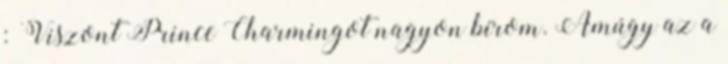
: Viszont Prince Charmingot nagyon bírom. Amúgy az a